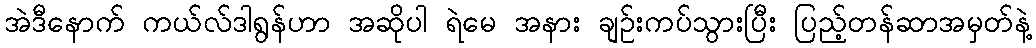
အဲဒီနောက် ကယ်လ်ဒါရွန်ဟာ အဆိုပါ ရဲမေ အနား ချဉ်းကပ်သွားပြီး ပြည့်တန်ဆာအမှတ်နဲ့